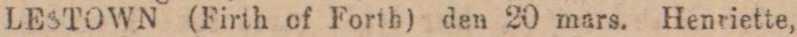
LESTOWN (Frith of Forth) den 20 mars. Henriette,